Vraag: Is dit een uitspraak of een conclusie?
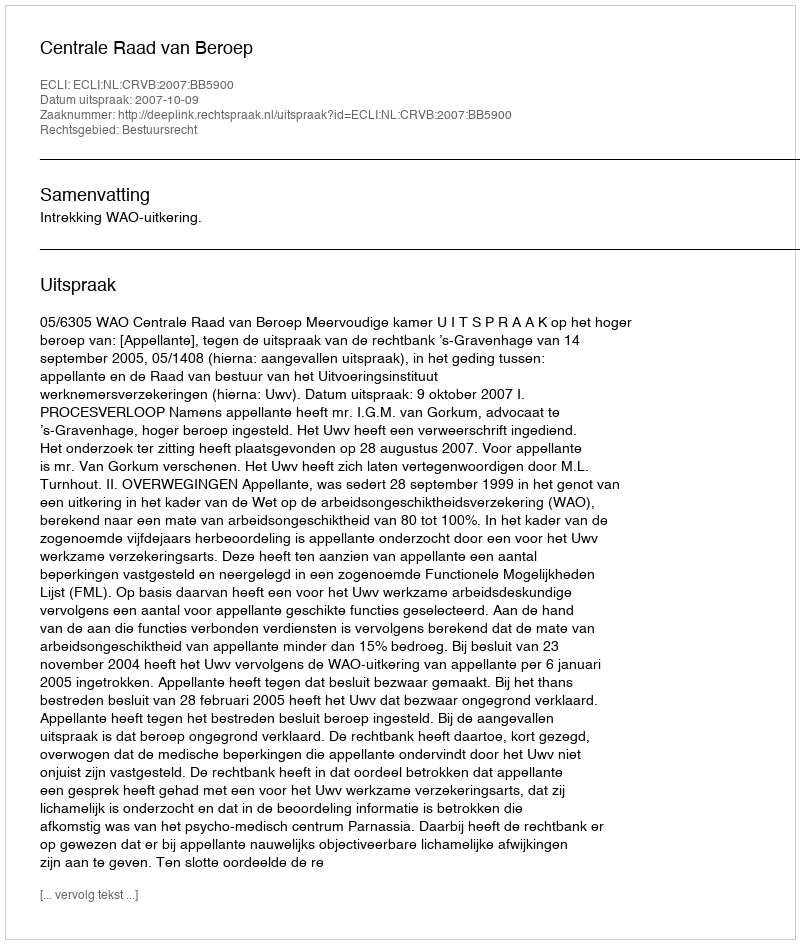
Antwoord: Uitspraak